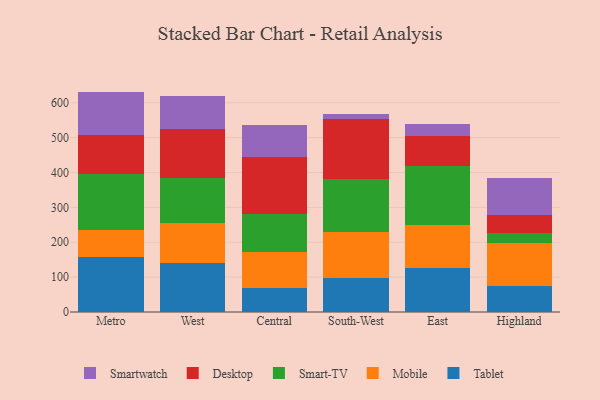
{"axis": {"x": "Region", "y": "Churn Rate (%)"}, "legend": ["Desktop", "Mobile", "Smart-TV", "Smartwatch", "Tablet"], "data": [{"x": "Metro", "y": 156.4, "type": "Tablet"}, {"x": "Metro", "y": 79.9, "type": "Mobile"}, {"x": "Metro", "y": 158.2, "type": "Smart-TV"}, {"x": "Metro", "y": 112.2, "type": "Desktop"}, {"x": "Metro", "y": 125.4, "type": "Smartwatch"}, {"x": "West", "y": 140.1, "type": "Tablet"}, {"x": "West", "y": 114.6, "type": "Mobile"}, {"x": "West", "y": 128.9, "type": "Smart-TV"}, {"x": "West", "y": 140.3, "type": "Desktop"}, {"x": "West", "y": 96.2, "type": "Smartwatch"}, {"x": "Central", "y": 67.8, "type": "Tablet"}, {"x": "Central", "y": 104.1, "type": "Mobile"}, {"x": "Central", "y": 108.2, "type": "Smart-TV"}, {"x": "Central", "y": 165.6, "type": "Desktop"}, {"x": "Central", "y": 90.2, "type": "Smartwatch"}, {"x": "South-West", "y": 97.6, "type": "Tablet"}, {"x": "South-West", "y": 132.9, "type": "Mobile"}, {"x": "South-West", "y": 151.8, "type": "Smart-TV"}, {"x": "South-West", "y": 171.4, "type": "Desktop"}, {"x": "South-West", "y": 12.8, "type": "Smartwatch"}, {"x": "East", "y": 125.5, "type": "Tablet"}, {"x": "East", "y": 123.0, "type": "Mobile"}, {"x": "East", "y": 171.4, "type": "Smart-TV"}, {"x": "East", "y": 83.5, "type": "Desktop"}, {"x": "East", "y": 35.2, "type": "Smartwatch"}, {"x": "Highland", "y": 75.7, "type": "Tablet"}, {"x": "Highland", "y": 122.6, "type": "Mobile"}, {"x": "Highland", "y": 29.6, "type": "Smart-TV"}, {"x": "Highland", "y": 49.8, "type": "Desktop"}, {"x": "Highland", "y": 107.3, "type": "Smartwatch"}]}